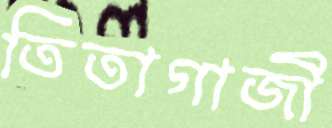
তিতাগাজী